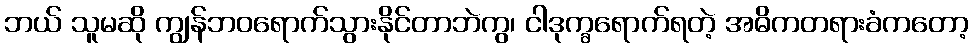
ဘယ် သူမဆို ကျွန်ဘဝရောက်သွားနိုင်တာဘဲကွ၊ ငါဒုက္ခရောက်ရတဲ့ အဓိကတရားခံကတော့